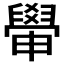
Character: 𦦠